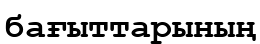
бағыттарының